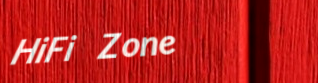
HiFi Zone